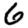
Digit: 6